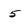
Character: 5